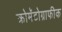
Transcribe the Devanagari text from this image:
क्रोमॅटोग्राफीक